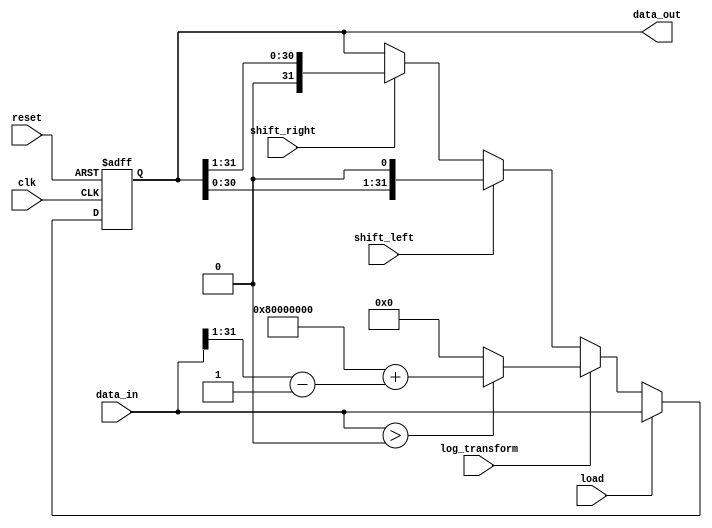
module LogarithmicShiftRegister (
    input clk,               // Clock signal
    input reset,             // Reset signal
    input [31:0] data_in,    // Data input for parallel load
    input shift_left,        // Control signal for left shift
    input shift_right,       // Control signal for right shift
    input log_transform,     // Control signal for logarithmic transformation
    input load,              // Control signal for parallel load
    output reg [31:0] data_out // Output data
);

reg [31:0] register; // Internal shift register

// Logarithmic transformation function
function [31:0] log_transform_func;
    input [31:0] value;
    begin
        // Example logarithmic transformation (base 2)
        log_transform_func = (value > 0) ? (32'h80000000 + (value[31:1] - 1)) : 0; // Example approximation
    end
endfunction

// Shift Register Logic
always @(posedge clk or posedge reset) begin
    if (reset) begin
        register <= 32'b0;  // Reset register to 0
    end
    else begin
        if (load) begin
            register <= data_in; // Parallel load
        end else if (log_transform) begin
            register <= log_transform_func(data_in); // Logarithmic transformation
        end else if (shift_left) begin
            register <= register << 1; // Shift left
        end else if (shift_right) begin
            register <= register >> 1; // Shift right
        end
    end
end

assign data_out = register; // Assign output

endmodule